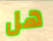
هل